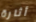
أثارة